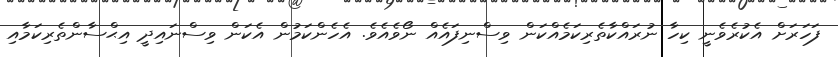
ފަހަރަށް އެކުރެވެނީ ކިހާ ނުރައްކާތެރިކަމެއްކަން ވިސްނިފައެއް ނޯވެއެވެ. އެހެންކަމުން އެކަން ވިސްނައިދީ އިޙްސާންތެރިކަމާއި